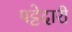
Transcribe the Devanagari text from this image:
पट्टेदारी